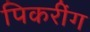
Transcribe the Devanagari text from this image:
पिकरींग